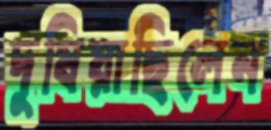
দুষিয়াছিলেন